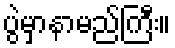
ပွဲမှာနာမည်ကြီး။